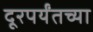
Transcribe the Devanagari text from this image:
दूरपर्यंतच्या